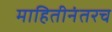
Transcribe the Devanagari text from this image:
माहितीनंतरच